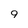
Character: 9